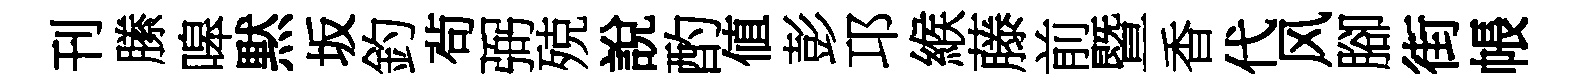
刊縢嗥黙坂釣茍弼殑說酌値彭邛緱藤前暨香代风腳街帳